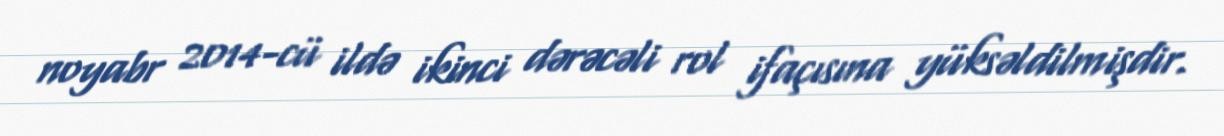
noyabr 2014-cü ildə ikinci dərəcəli rol ifaçısına yüksəldilmişdir.